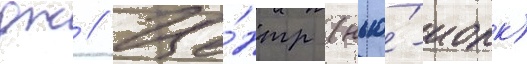
дж // Це́нтр (нью́-иорк)